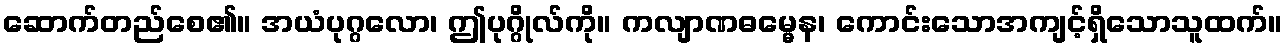
ဆောက်တည်စေ၏။ အယံပုဂ္ဂလော၊ ဤပုဂ္ဂိုလ်ကို။ ကလျာဏဓမ္မေန၊ ကောင်းသောအကျင့်ရှိသောသူထက်။